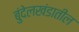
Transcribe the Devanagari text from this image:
बुंदेलखंडातील